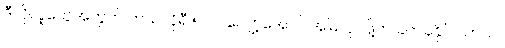
ဒီလိုလူတွေအတွက် ကယ်လိုရီ ၅၀၀ လျော့အောင် အမြဲလုပ်ဖို့က ခက်ခဲနိုင်ပါတယ်။